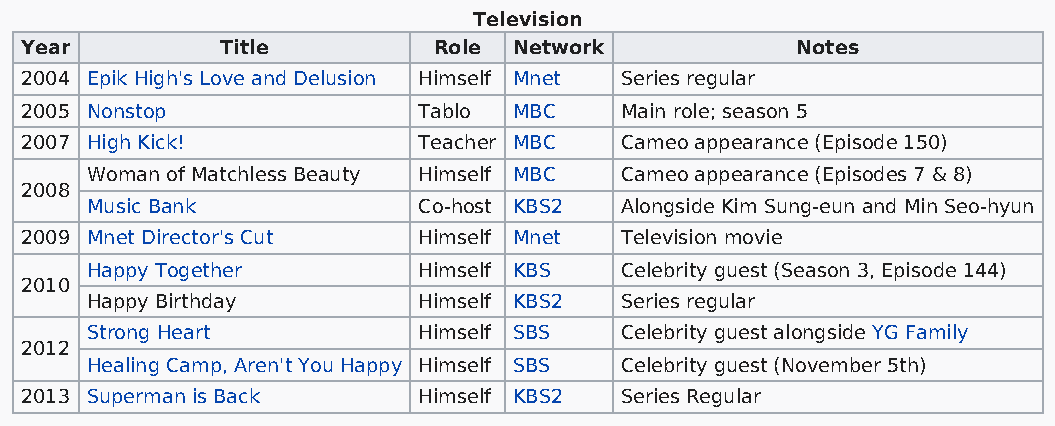
Television
 Year          Title         Role Network            Notes
 2004 Epik High's Love and Delusion Himself Mnet Series regular
 2005 Nonstop               Tablo MBC    Main role; season 5
 2007 High Kick!            Teacher MBC  Cameo appearance (Episode 150)
 Woman of Matchless Beauty Himself MBC Cameo appearance (Episodes 7 & 8)
 2008
 Music Bank            Co-host KBS2 Alongside Kim Sung-eun and Min Seo-hyun
 2009 Mnet Director's Cut   Himself Mnet Television movie
 Happy Together        Himself KBS  Celebrity guest (Season 3, Episode 144)
 2010
 Happy Birthday        Himself KBS2 Series regular
 Strong Heart          Himself SBS  Celebrity guest alongside YG Family
 2012
 Healing Camp, Aren't You Happy Himself SBS Celebrity guest (November 5th)
 2013 Superman is Back      Himself KBS2 Series Regular